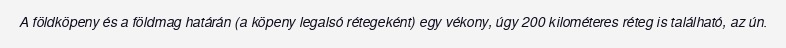
A földköpeny és a földmag határán (a köpeny legalsó rétegeként) egy vékony, úgy 200 kilométeres réteg is található, az ún.